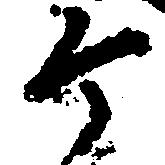
ヶ